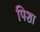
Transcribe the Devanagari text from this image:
पिशा